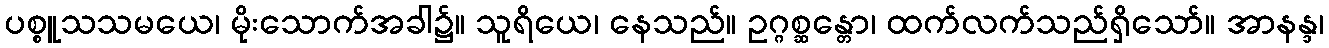
ပစ္စူသသမယေ၊ မိုးသောက်အခါ၌။ သူရိယေ၊ နေသည်။ ဥဂ္ဂစ္ဆန္တော၊ ထက်လက်သည်ရှိသော်။ အာနန္ဒ၊